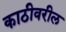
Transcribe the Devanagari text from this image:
काठीवरील